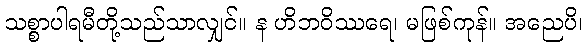
သစ္စာပါရမီတို့သည်သာလျှင်။ န ဟိဘဝိဿရေ၊ မဖြစ်ကုန်။ အညေပိ၊